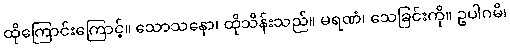
ထိုကြောင်းကြောင့်။ သောသနော၊ ထိုသိန်းသည်။ မရဏံ၊ သေခြင်းကို။ ဥပါဂမိ၊